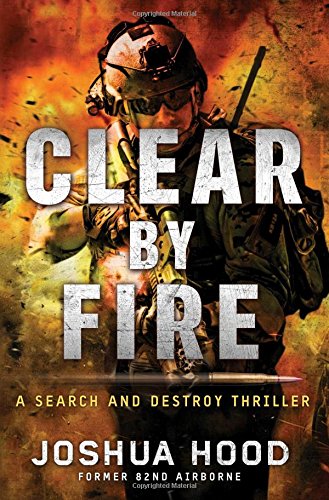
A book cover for Clear by Fire: A Search and Destroy Thriller; Joshua Hood; Mystery, Thriller & Suspense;